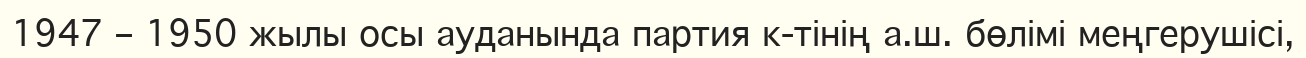
1947 – 1950 жылы осы ауданында партия к-тінің а.ш. бөлімі меңгерушісі,